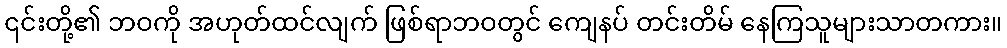
၎င်းတို့၏ ဘဝကို အဟုတ်ထင်လျက် ဖြစ်ရာဘဝတွင် ကျေနပ် တင်းတိမ် နေကြသူများသာတကား။